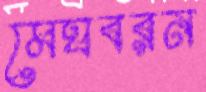
মেঘবরন